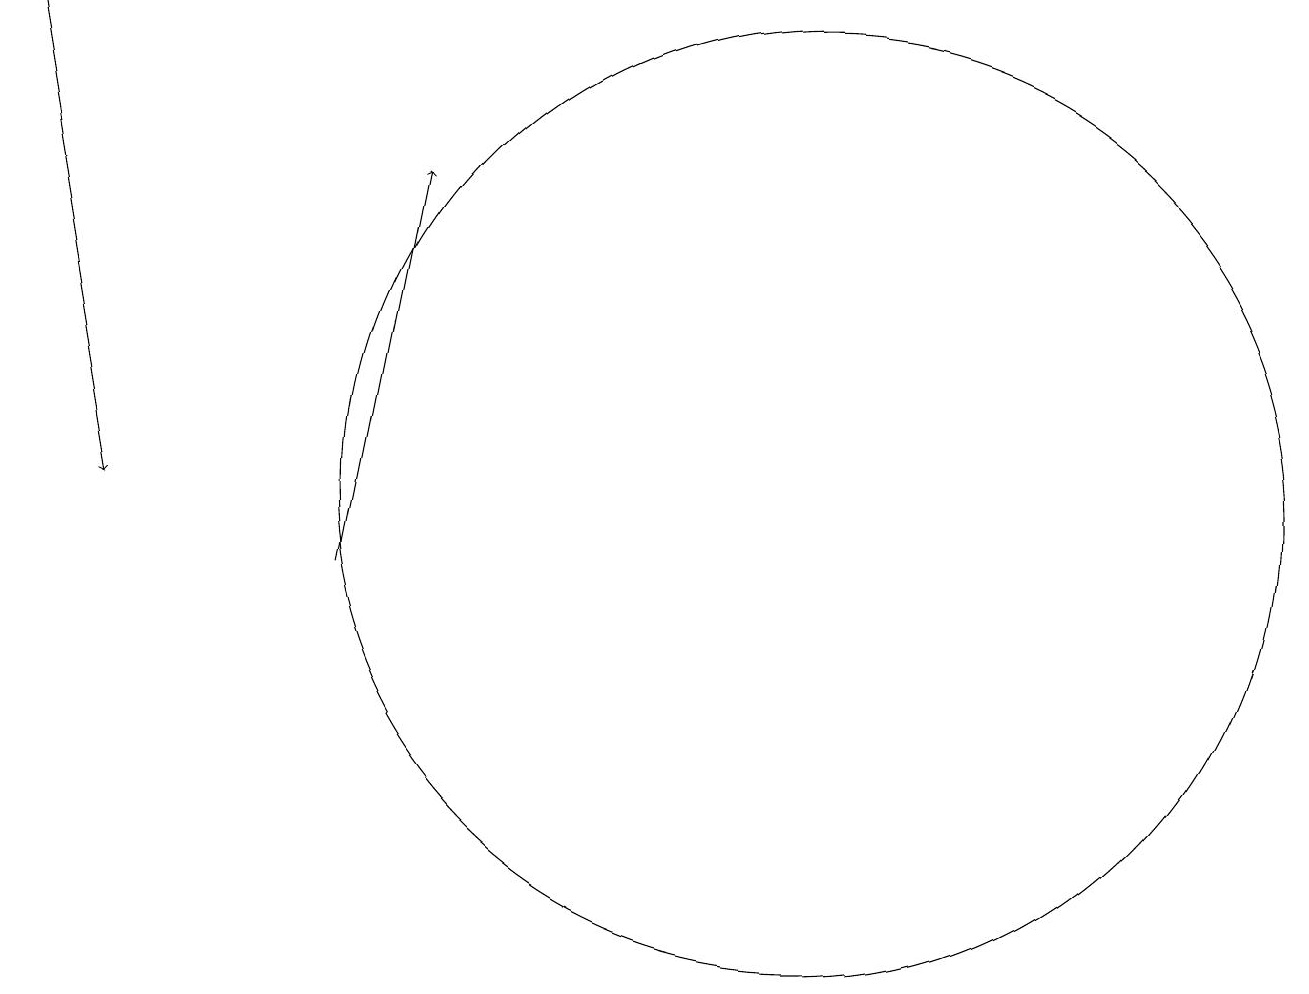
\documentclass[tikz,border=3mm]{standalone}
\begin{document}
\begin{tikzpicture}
\draw[->] (0,18) -- (1,12);
\draw (10,12) circle (6);
\draw[->] (4,11) -- (5,16);
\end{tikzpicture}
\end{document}